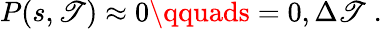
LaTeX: P(s,\mathscr{T})\approx0\qquads=0,{\Delta\mathscr{T}}\; .